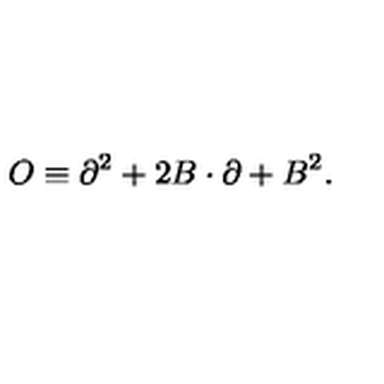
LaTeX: O \equiv \partial ^ { 2 } + 2 B \cdot \partial + B ^ { 2 } .